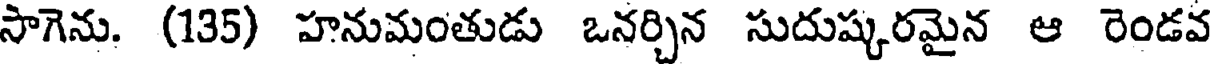
సాగెను. (135) హనుమంతుడు ఒనర్చిన సుదుష్కరమైన ఆ రెండవ